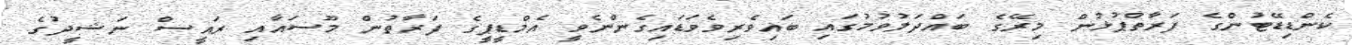
ކެންޑިޑޭޓުންގެ ފަރާތްޕުޅުން މިރޭގެ ބައްދަލުވުމުގައި ބައިވެރިވެވަޑައިގެންނެވީ އެމްޑީޕީގެ ފަރާތުން މޫސައާއި ރައީސް ނަޝީދުގެ